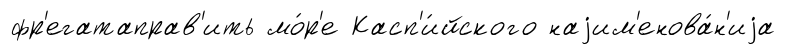
фр'егатаправ'ить мо́р'е Касп'и́йского наjим'енова́н'иjа